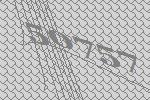
50757